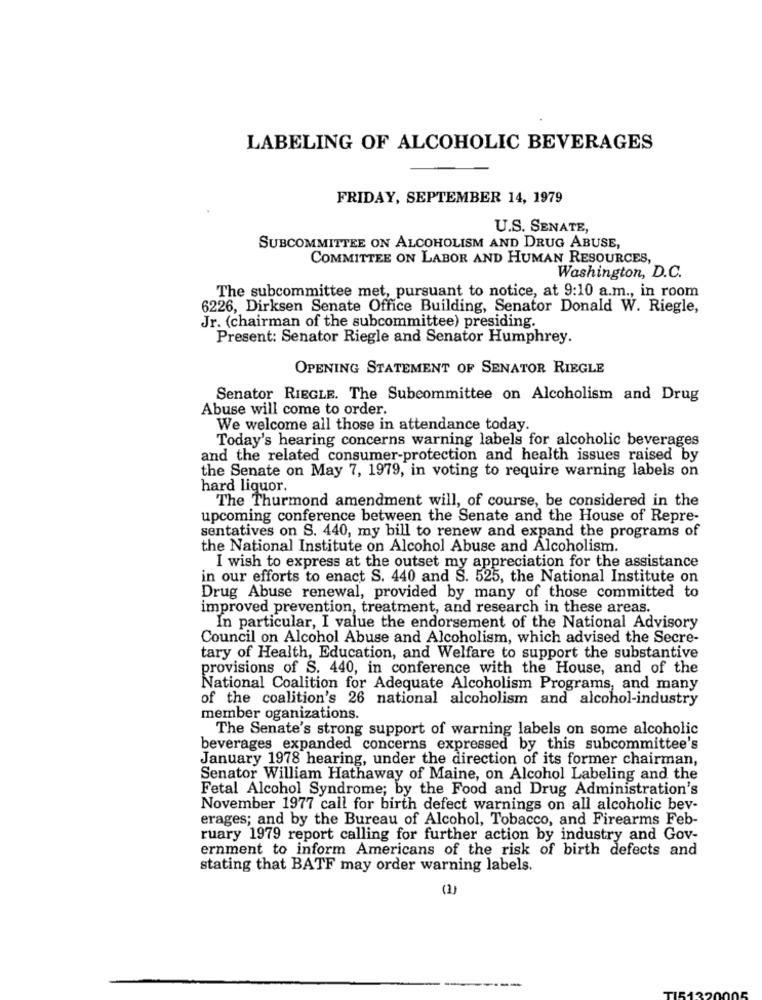
LABELING OF ALCOHOLIC BEVERAGES
FRIDAY, SEPTEMBER 14, 1979
U.S. SENATE,
SUBCOMMITTEE ON ALCOHOLISM AND DRUG ABUSE,
COMMITTEE ON LABOR AND HUMAN RESOURCES,
Washington, D.C.
The subcommittee met, pursuant to notice, at 9:10 a.m ., in room
6226, Dirksen Senate Office Building, Senator Donald W. Riegle,
Jr. (chairman of the subcommittee) presiding.
Present: Senator Riegle and Senator Humphrey.
OPENING STATEMENT OF SENATOR RIEGLE
Senator RIEGLE. The Subcommittee on Alcoholism and Drug
Abuse will come to order.
We welcome all those in attendance today.
Today's hearing concerns warning labels for alcoholic beverages
and the related consumer-protection and health issues raised by
the Senate on May 7, 1979, in voting to require warning labels on
hard liquor.
The Thurmond amendment will, of course, be considered in the
upcoming conference between the Senate and the House of Repre-
sentatives on S. 440, my bill to renew and expand the programs of
the National Institute on Alcohol Abuse and Alcoholism.
I wish to express at the outset my appreciation for the assistance
in our efforts to enact S. 440 and S. 525, the National Institute on
Drug Abuse renewal, provided by many of those committed to
improved prevention, treatment, and research in these areas.
In particular, I value the endorsement of the National Advisory
Council on Alcohol Abuse and Alcoholism, which advised the Secre-
tary of Health, Education, and Welfare to support the substantive
provisions of S. 440, in conference with the House, and of the
National Coalition for Adequate Alcoholism Programs, and many
of the coalition's 26 national alcoholism and alcohol-industry
member oganizations.
The Senate's strong support of warning labels on some alcoholic
beverages expanded concerns expressed by this subcommittee's
January 1978 hearing, under the direction of its former chairman,
Senator William Hathaway of Maine, on Alcohol Labeling and the
Fetal Alcohol Syndrome; by the Food and Drug Administration's
November 1977 call for birth defect warnings on all alcoholic bev-
erages; and by the Bureau of Alcohol, Tobacco, and Firearms Feb-
ruary 1979 report calling for further action by industry and Gov-
ernment to inform Americans of the risk of birth defects and
stating that BATF may order warning labels.